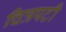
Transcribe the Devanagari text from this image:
चित्रपटी